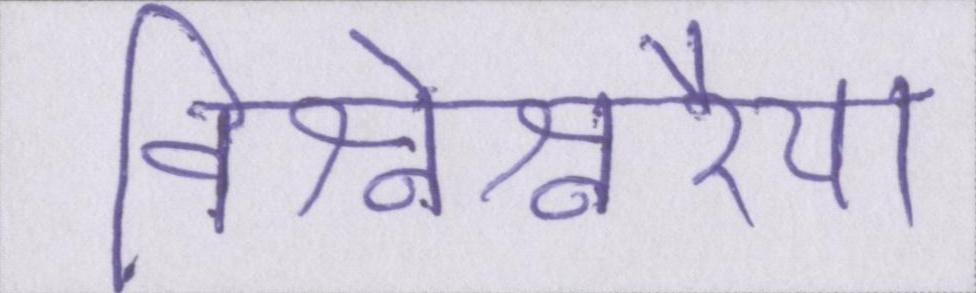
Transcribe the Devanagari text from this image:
विश्वेश्वरैया